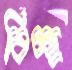
বিচ্ছ